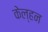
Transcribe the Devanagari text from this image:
केल्हन